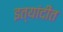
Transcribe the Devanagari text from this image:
इत्यांदींत